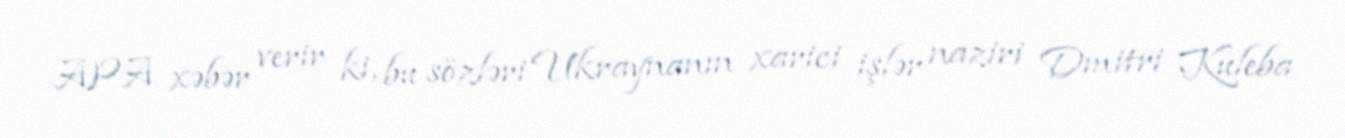
APA xəbər verir ki, bu sözləri Ukraynanın xarici işlər naziri Dmitri Kuleba